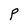
Character: P